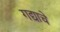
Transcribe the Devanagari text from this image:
गद्याचे